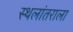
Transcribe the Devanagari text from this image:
स्थलांतराला